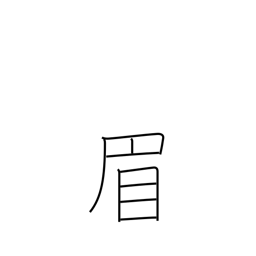
Meaning: eyebrow